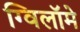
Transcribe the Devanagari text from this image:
ग्विलॉमे